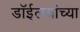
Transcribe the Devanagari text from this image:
डाॅईलयांच्या